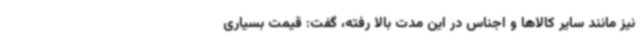
نیز مانند سایر کالاها و اجناس در این مدت بالا رفته، گفت: قیمت بسیاری